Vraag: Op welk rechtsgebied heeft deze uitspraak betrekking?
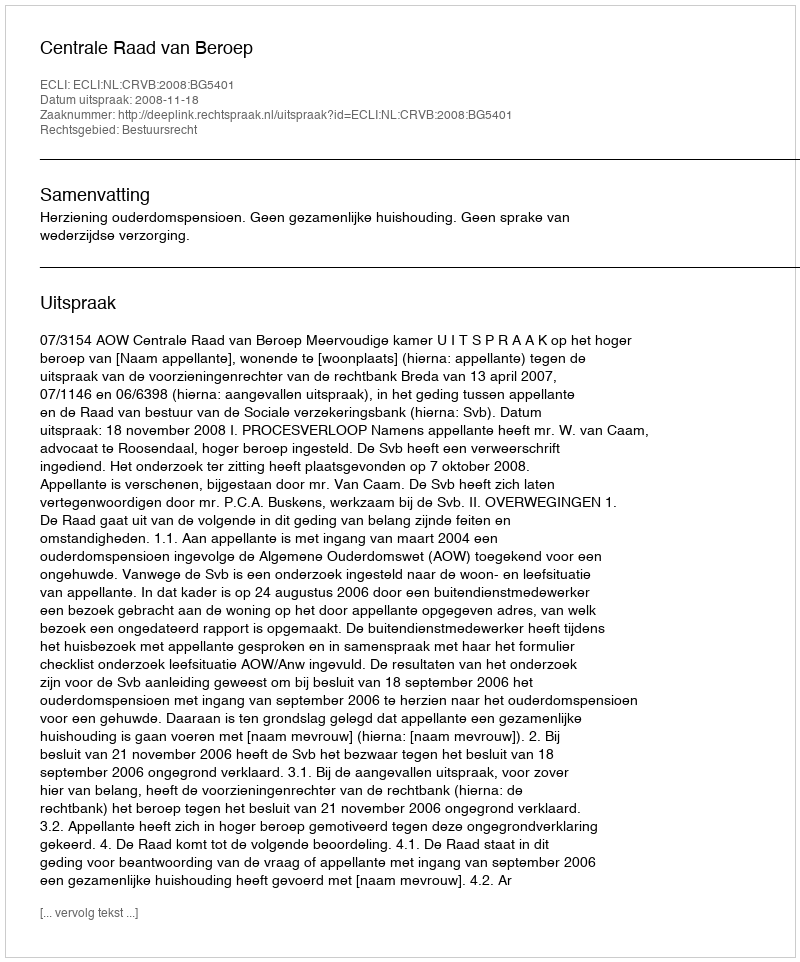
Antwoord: Bestuursrecht